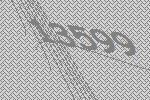
13599